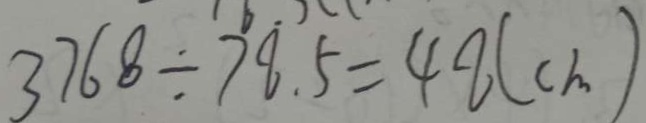
3 7 6 8 \div 7 8 . 5 = 4 8 ( c m )